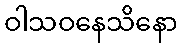
ဝါသဝနေသိနော